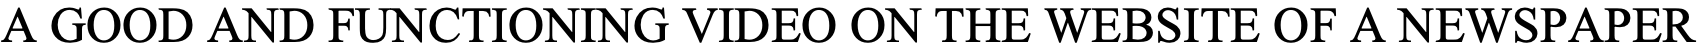
A GOOD AND FUNCTIONING VIDEO ON THE WEBSITE OF A NEWSPAPER